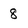
Character: 8